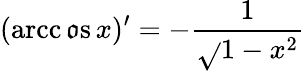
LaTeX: (\operatorname{arcc\mathfrak{o}s}x)^{\prime}=-{\frac{{1}}{{\sqrt{}{{1-x^{2}}}}}}